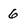
Character: 6